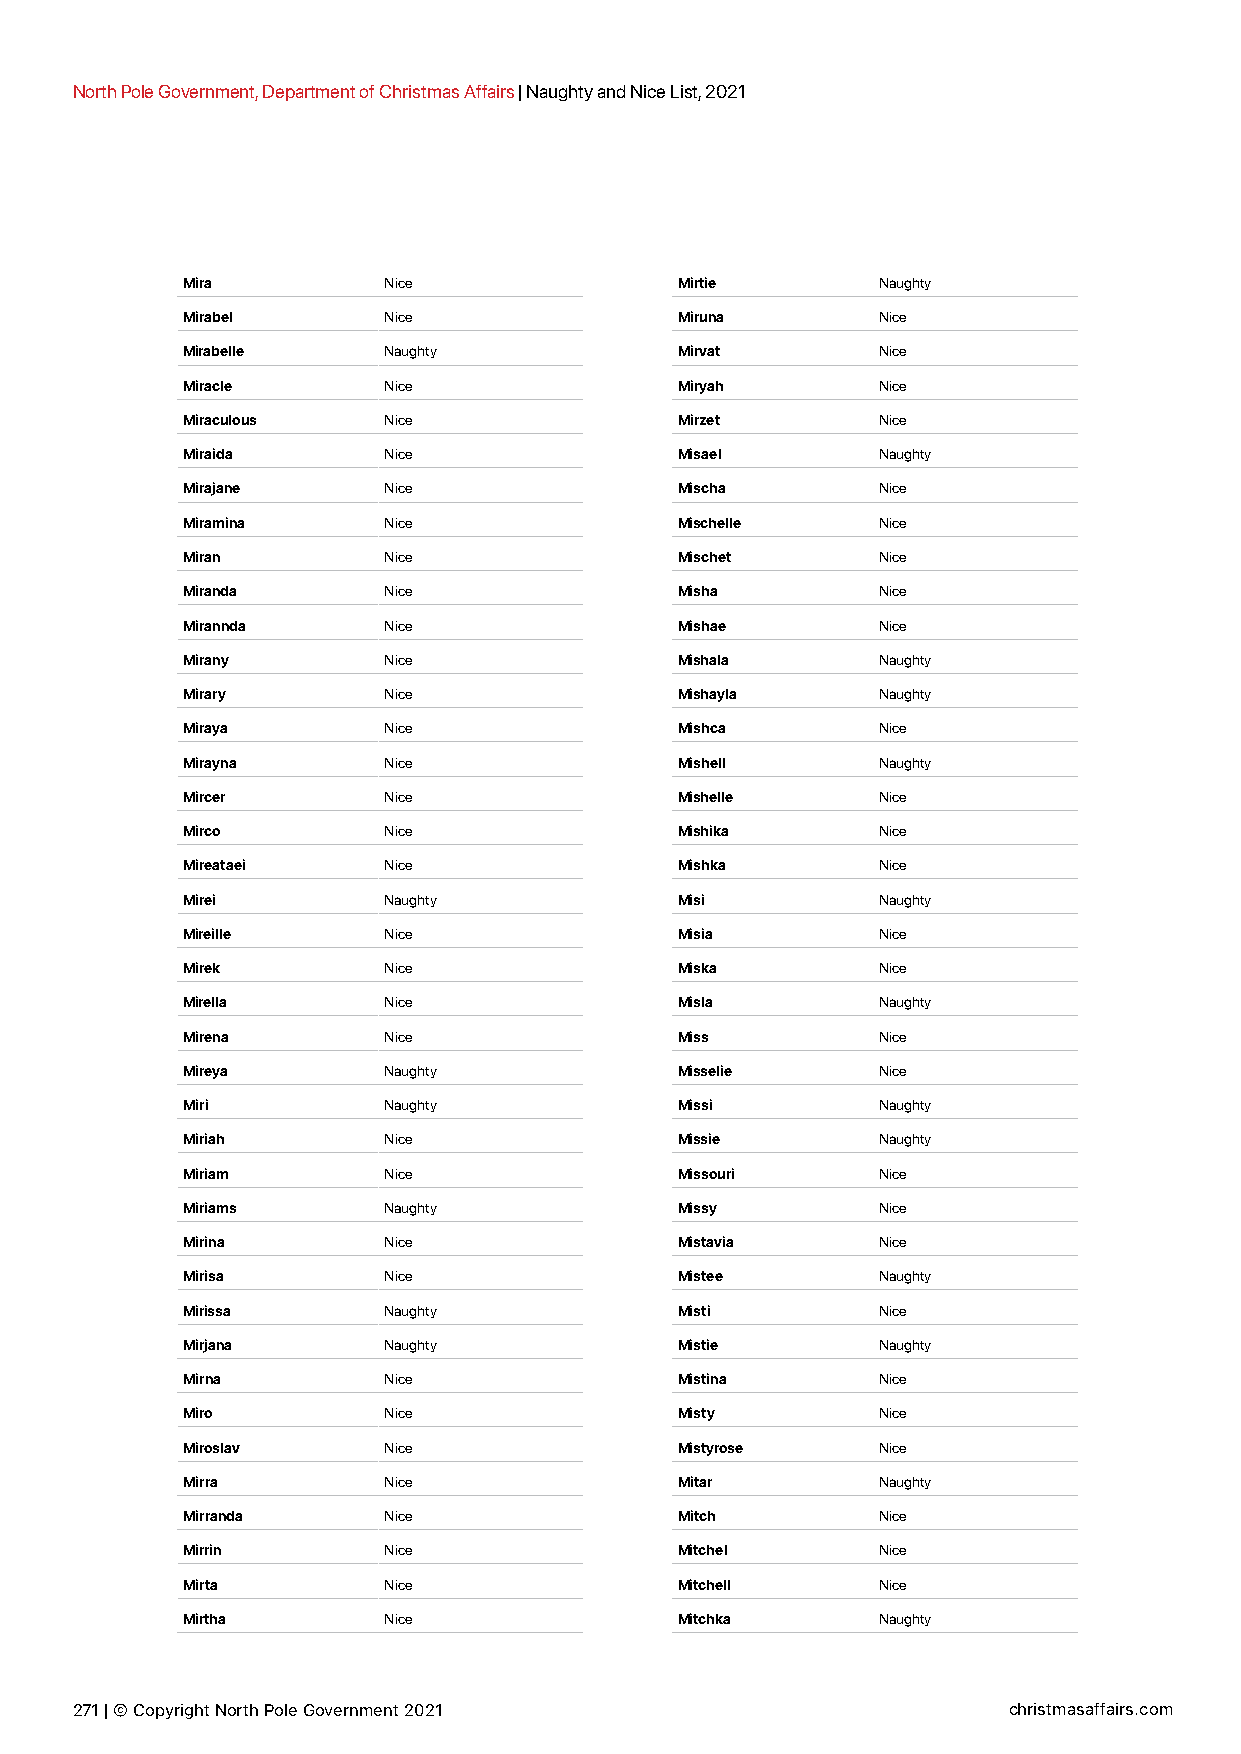
North Pole Government, Department of Christmas Affairs | Naughty and Nice List, 2021
 Mira         Nice                Mirtie       Naughty
 Mirabel      Nice                Miruna       Nice
 Mirabelle    Naughty             Mirvat       Nice
 Miracle      Nice                Miryah       Nice
 Miraculous   Nice                Mirzet       Nice
 Miraida      Nice                Misael       Naughty
 Mirajane     Nice                Mischa       Nice
 Miramina     Nice                Mischelle    Nice
 Miran        Nice                Mischet      Nice
 Miranda      Nice                Misha        Nice
 Mirannda     Nice                Mishae       Nice
 Mirany       Nice                Mishala      Naughty
 Mirary       Nice                Mishayla     Naughty
 Miraya       Nice                Mishca       Nice
 Mirayna      Nice                Mishell      Naughty
 Mircer       Nice                Mishelle     Nice
 Mirco        Nice                Mishika      Nice
 Mireataei    Nice                Mishka       Nice
 Mirei        Naughty             Misi         Naughty
 Mireille     Nice                Misia        Nice
 Mirek        Nice                Miska        Nice
 Mirella      Nice                Misla        Naughty
 Mirena       Nice                Miss         Nice
 Mireya       Naughty             Misselie     Nice
 Miri         Naughty             Missi        Naughty
 Miriah       Nice                Missie       Naughty
 Miriam       Nice                Missouri     Nice
 Miriams      Naughty             Missy        Nice
 Mirina       Nice                Mistavia     Nice
 Mirisa       Nice                Mistee       Naughty
 Mirissa      Naughty             Misti        Nice
 Mirjana      Naughty             Mistie       Naughty
 Mirna        Nice                Mistina      Nice
 Miro         Nice                Misty        Nice
 Miroslav     Nice                Mistyrose    Nice
 Mirra        Nice                Mitar        Naughty
 Mirranda     Nice                Mitch        Nice
 Mirrin       Nice                Mitchel      Nice
 Mirta        Nice                Mitchell     Nice
 Mirtha       Nice                Mitchka      Naughty
 271 | © Copyright North Pole Government 2021                  christmasaffairs.com